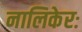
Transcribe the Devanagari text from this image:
नालिकेरः